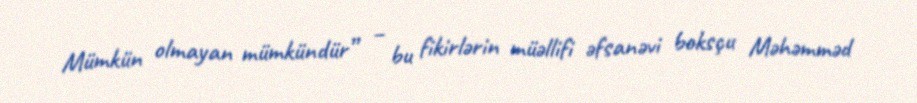
Mümkün olmayan mümkündür” – bu fikirlərin müəllifi əfsanəvi boksçu Məhəmməd